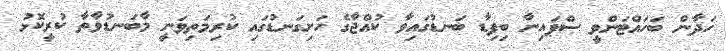
ހަދާން ބަހައްޓަންވީ ސްޕައިނާ ބިފިޑާ ބަނޑުގައިވާ ކުއްޖާގެ ހަށިގަނޑުގައި ކުރިމަތިވަނީ މާބަނޑުވާތާ ކުރީކޮޅު